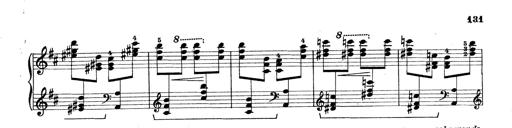
Title: Rapsodie: 19 ungheresi, 1 spagnuola
Composer: Franz Liszt